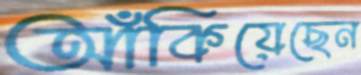
আঁকিয়েছেন